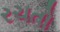
રચતો